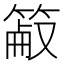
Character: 䈛